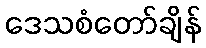
ဒေသစံတော်ချိန်